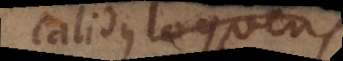
calidus loquens